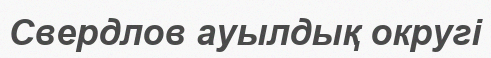
Свердлов ауылдық округі